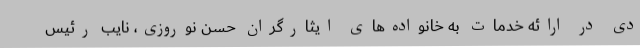
دی در ارائه خدمات به خانواده‌های ایثارگران حسن نوروزی، نایب رئیس